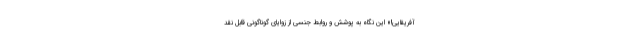
آفریقایی!» این نگاه به پوشش و روابط جنسی از زوایای گوناگونی قابل نقد